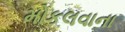
મોકલવાના